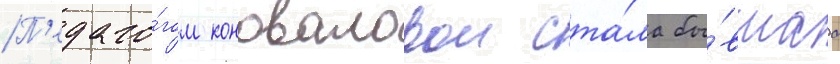
П'едаго́гом коноваловои ста́ла бы́вшаа